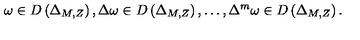
\omega \in D \left( \Delta _ { M , Z } \right) , \Delta \omega \in D \left( \Delta _ { M , Z } \right) , \ldots , \Delta ^ { m } \omega \in D \left( \Delta _ { M , Z } \right) .